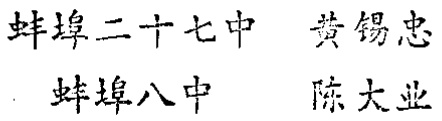
蚌埠二十七中 黄锡忠
蚌埠八中 陈大业